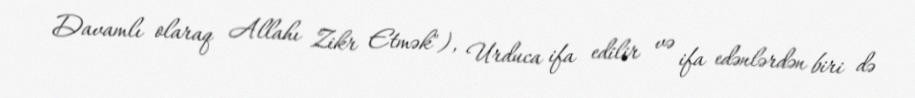
Davamlı olaraq Allahı Zikr Etmək"), Urduca ifa edilir və ifa edənlərdən biri də